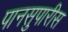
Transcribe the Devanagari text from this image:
पानसुपारीस